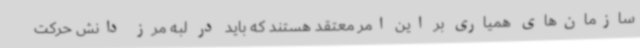
سازمان‌های همیاری بر این امر معتقد هستند که باید در لبه مرز دانش حرکت